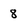
Character: 8